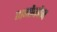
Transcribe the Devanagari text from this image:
जनोफोन